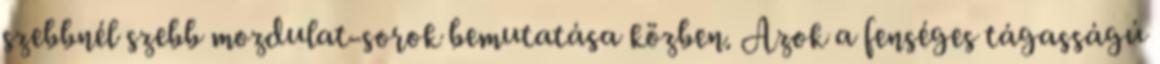
szebbnél szebb mozdulat-sorok bemutatása közben. Azok a fenséges tágasságú